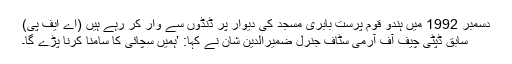
دسمبر 1992 میں ہندو قوم پرست بابری مسجد کی دیوار پر ڈنڈوں سے وار کر رہے ہیں (اے ایف پی)
سابق ڈپٹی چیف آف آرمی سٹاف جنرل ضمیرالدین شان نے کہا: ’ہمیں سچائی کا سامنا کرنا پڑے گا۔